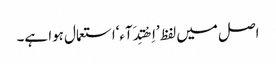
اصل میں لفظ ’اِھْتِدَآء‘استعمال ہوا ہے۔